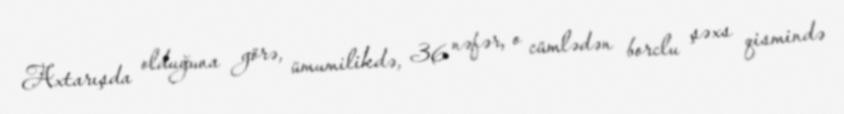
Axtarışda olduğuna görə, ümumilikdə, 36 nəfər, o cümlədən borclu şəxs qismində